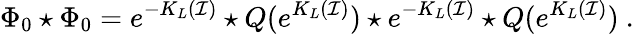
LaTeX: \Phi_{0}\star\Phi_{0}=e^{-K_{L}(\mathcal{I})}\star Q(e^{K_{L}(\mathcal{I})})\star e^{-K_{L}(\mathcal{I})}\star Q(e^{K_{L}(\mathcal{I})})\ .